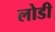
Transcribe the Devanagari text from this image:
लोडी